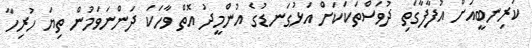
ކުރިނބީއަށް އުފާފާގަތި ދުވަސްތަކަކަށް އަޅުގަނޑުގެ އުންމީދު އޮތް ވާހަކަ ދަންނަވަމުން ތިޔަ ހުރިހާ